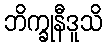
ဘိက္ခုနီဒူသိ